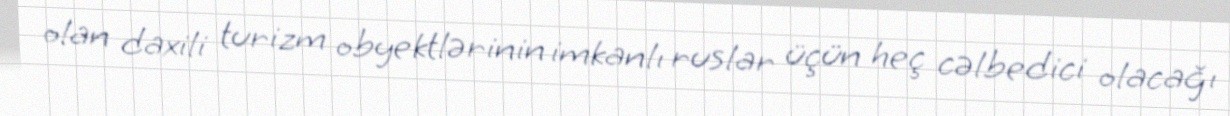
olan daxili turizm obyektlərinin imkanlı ruslar üçün heç cəlbedici olacağı